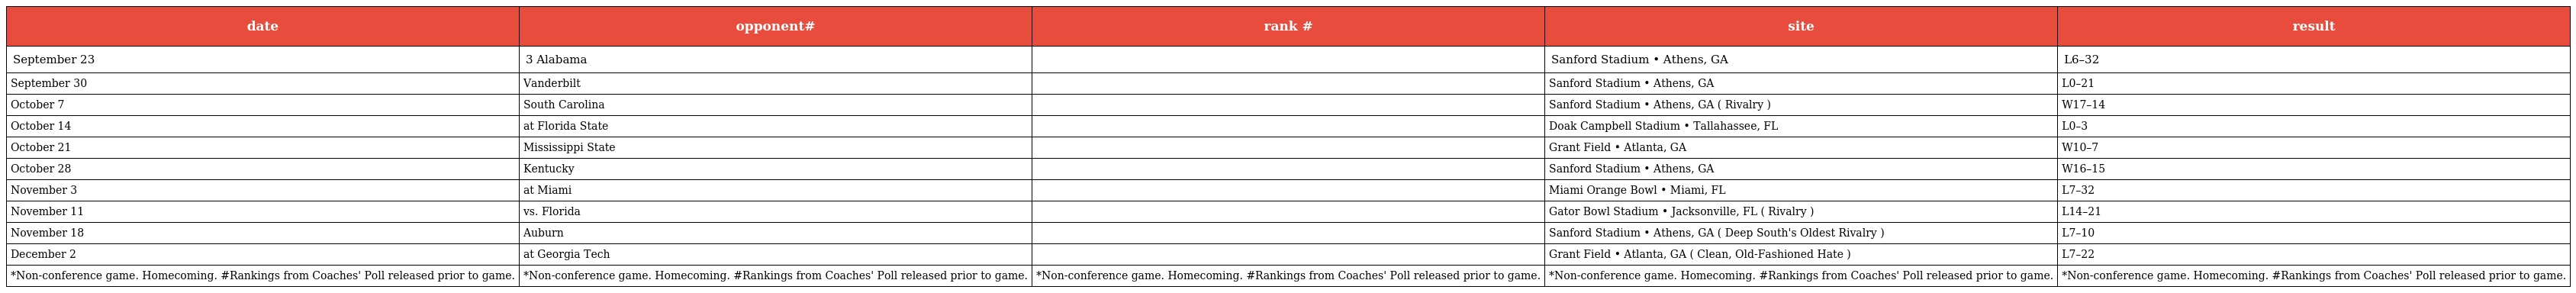
| date | opponent# | rank # | site | result |
 | --- | --- | --- | --- | --- |
 | September 23 | 3 Alabama |  | Sanford Stadium • Athens, GA | L6–32 |
 | September 30 | Vanderbilt |  | Sanford Stadium • Athens, GA | L0–21 |
 | October 7 | South Carolina |  | Sanford Stadium • Athens, GA ( Rivalry ) | W17–14 |
 | October 14 | at Florida State |  | Doak Campbell Stadium • Tallahassee, FL | L0–3 |
 | October 21 | Mississippi State |  | Grant Field • Atlanta, GA | W10–7 |
 | October 28 | Kentucky |  | Sanford Stadium • Athens, GA | W16–15 |
 | November 3 | at Miami |  | Miami Orange Bowl • Miami, FL | L7–32 |
 | November 11 | vs. Florida |  | Gator Bowl Stadium • Jacksonville, FL ( Rivalry ) | L14–21 |
 | November 18 | Auburn |  | Sanford Stadium • Athens, GA ( Deep South's Oldest Rivalry ) | L7–10 |
 | December 2 | at Georgia Tech |  | Grant Field • Atlanta, GA ( Clean, Old-Fashioned Hate ) | L7–22 |
 | *Non-conference game. Homecoming. #Rankings from Coaches' Poll released prior to game. | *Non-conference game. Homecoming. #Rankings from Coaches' Poll released prior to game. | *Non-conference game. Homecoming. #Rankings from Coaches' Poll released prior to game. | *Non-conference game. Homecoming. #Rankings from Coaches' Poll released prior to game. | *Non-conference game. Homecoming. #Rankings from Coaches' Poll released prior to game. |